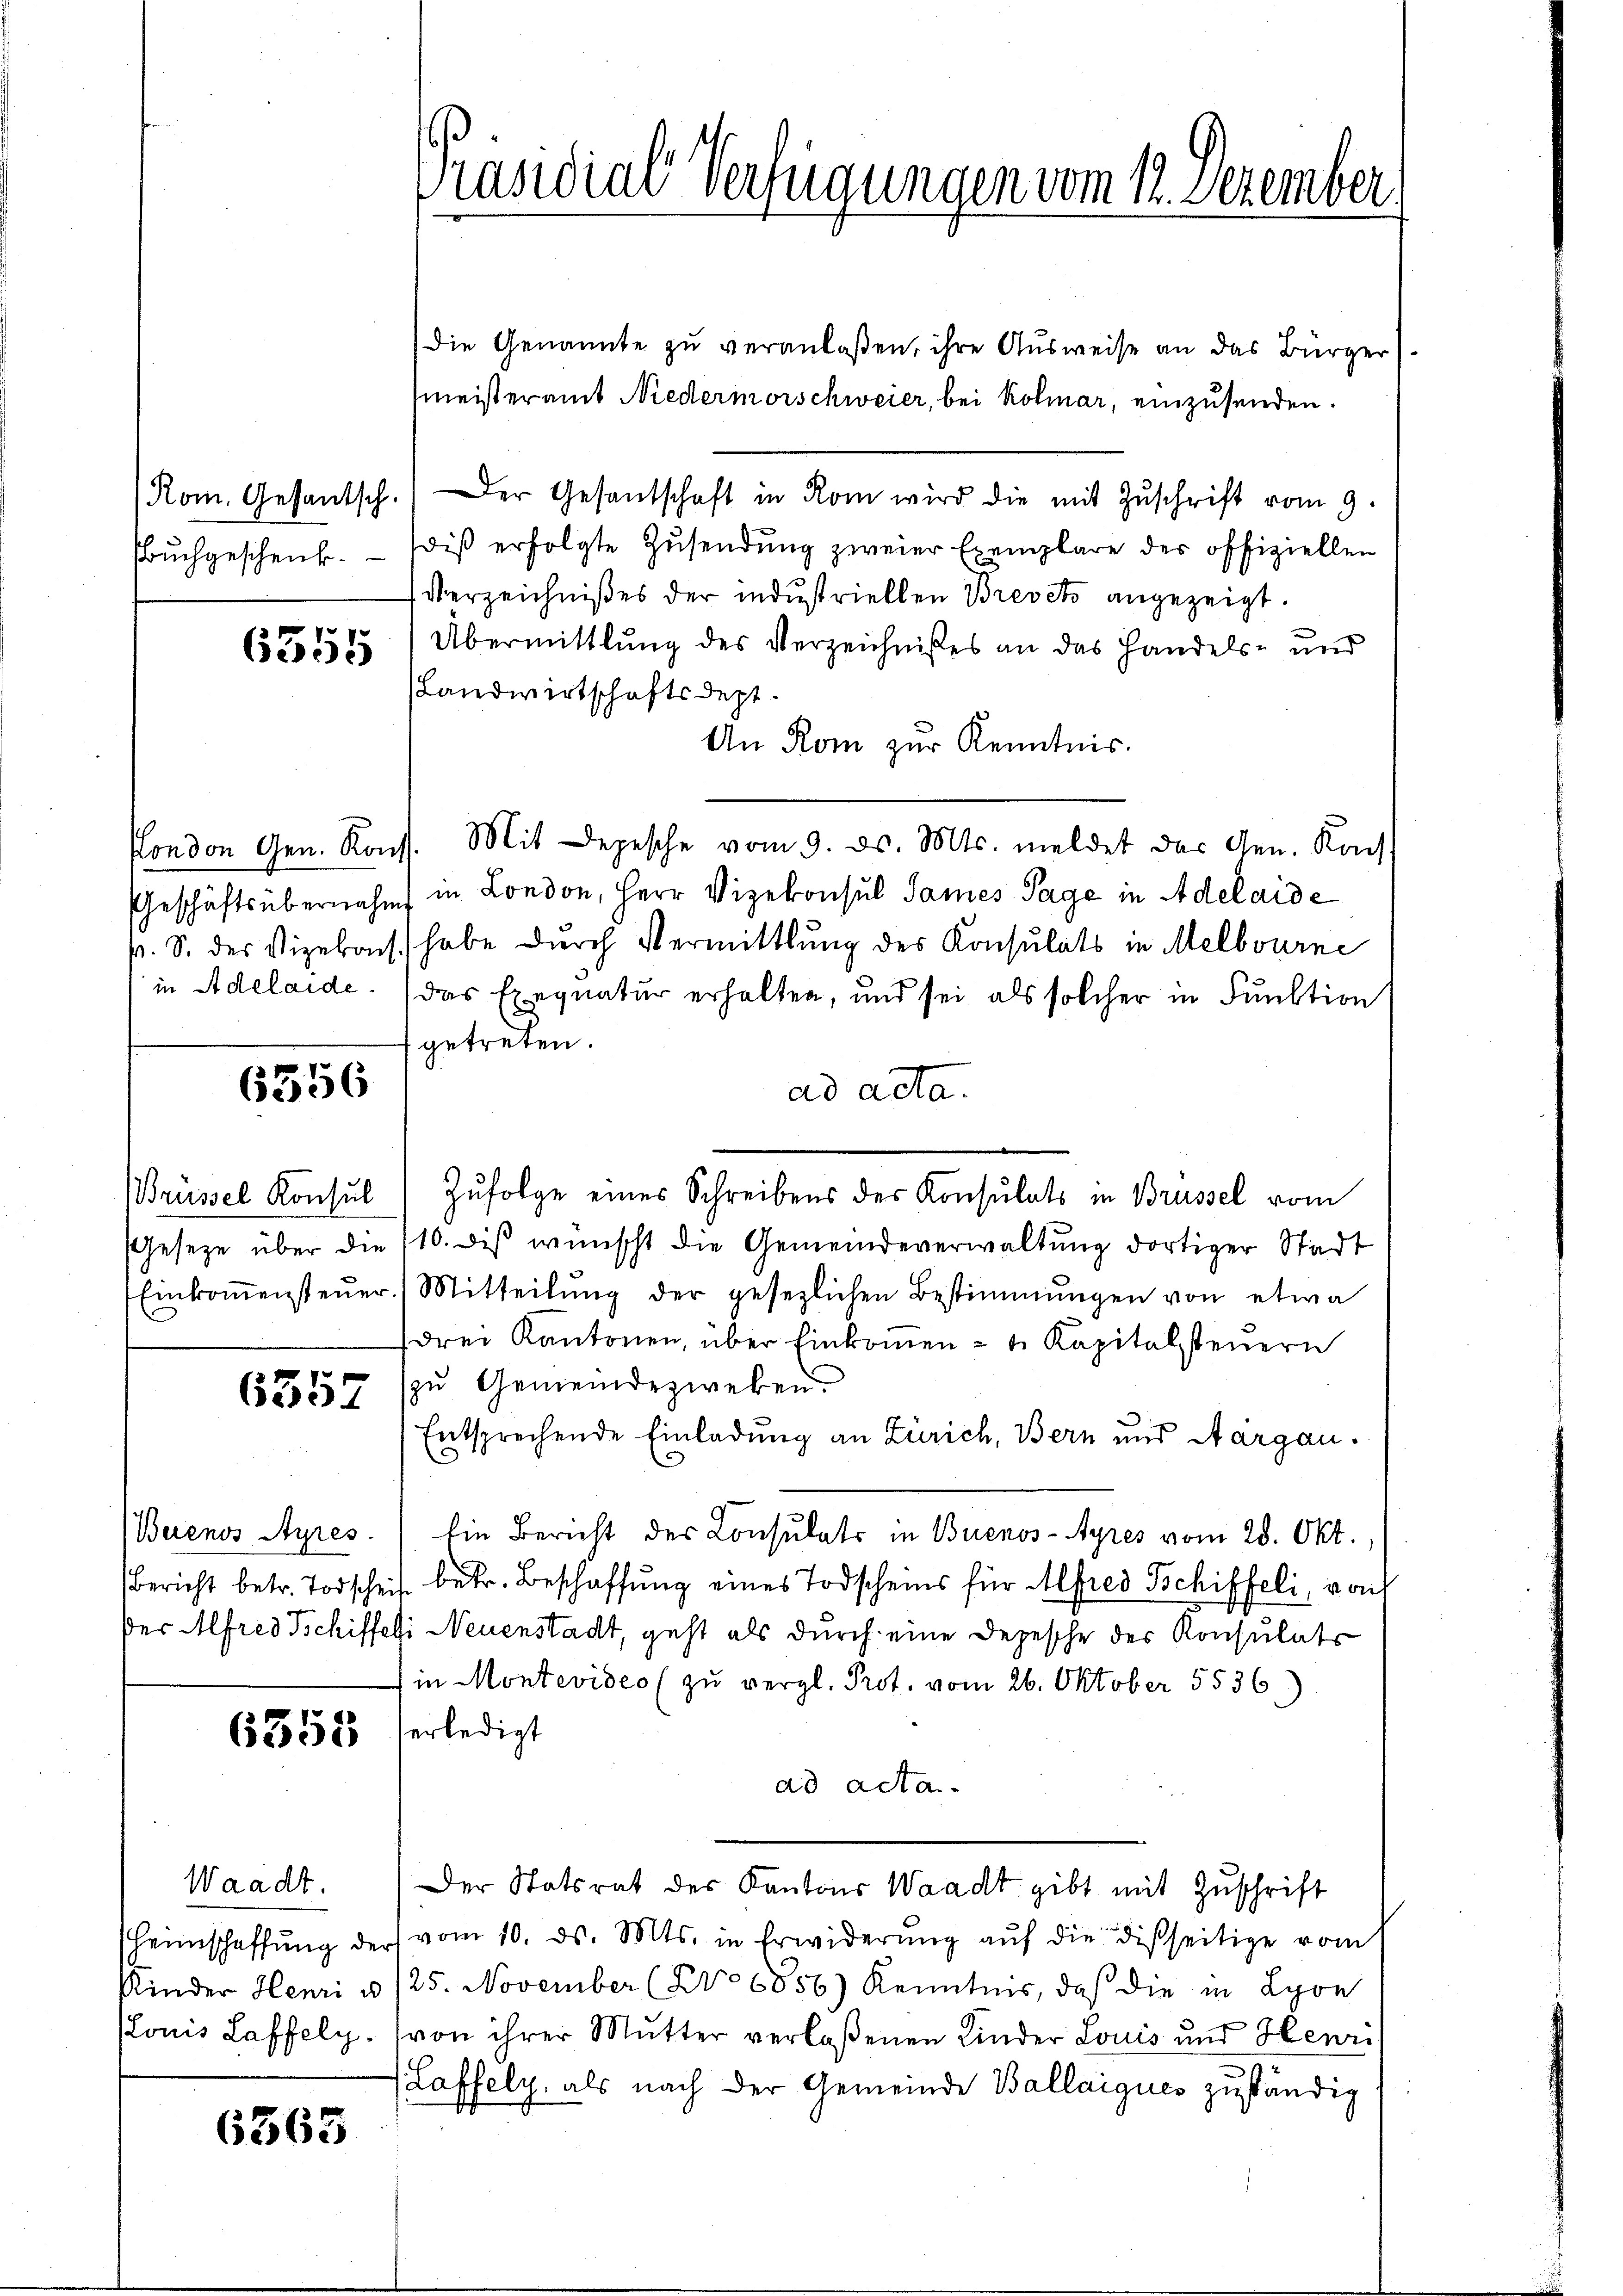
Buchgeschenk.

7
Bede

6356

6357

6355

Waadt.

6363

die Genannte zu veranlaßen, ihre Ausweise an das Bürger)
meisteramt Niedermorschweier, bei Kolmar, einzusenden.
Rom. Gesantsch. Der Gesantschaft in Rom wird die mit Zŭschrift vom 9.
diß erfolgte Zusendung zweier Exemplare der offiziellen
Verzeichnißes der industriellen Brevet angezeigt.
Übermittlung des Verzeichnisses an das Handels- und
Landwirtschaftsdept.
An Rom zur Kenntnis.
Pondon Gen. Konst. Mit Depesche vom 9. ds. Mts. meldet das Gen. Kais
Geschäftsübernahm in London, Herr Vizekonsul Sames Tage in Adelaide
p. S. des Vizebach habe durch Vermittlung des Konsulats in Melbourne
in Adelaide. Das Exequatur erhalten, und sei als solcher in Funktion
getreten.
ad acta.
Brüssel Konsul Zŭfolge eines Schreibens der Konsulats in Brüssel vom
Gesetze über die 110. diβ wünscht die Gemeindeverwaltung dortiger Stadt
Einkoṁensteŭer (Mitteilŭng der gesezlichen Bestimmungen von etwa
drei Kantonen, über Einkommen - u. Kapitalsteŭern
zu Gemeindezweken
Entsprechende Einladung an Zürich, Bern und Aargau.
.
Buenos Ayres.) Ein Bericht des Consulats in Buenos-Ayres vom 28. Okt.,
Bericht betr. Todscheit betr. Beschaffung eines Todscheins für Alfred Schiffeli, von
Der Alfred Tschiffeli Neuenstadt, geht als durch eine Depesche der Konsulats
in Montevideo (zu vergl. Prot. vom 26. Oktober 5536)
erledigt
ad acta
Der Statsrat des Kantons Waadt gibt mit Zuschrift
heimschaffŭng der vom 10. ds. Mts. in Erwiderŭng aŭf die disseitige vom
Kinder Henri u /25. November (vo6856) Kenntnis, daß die in Lyon
Plonis Laffely. (von ihrer Mutter verlaßenen Kinder Louis und Henri
(Laffely, als nach der Gemeinde Ballaigues zuständig

Präsidial-Verfügungen vom 12. Dezember